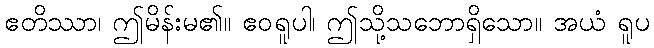
ဧတိဿာ၊ ဤမိန်းမ၏။ ဧဝရူပါ၊ ဤသို့သဘောရှိသော။ အယံ ရူပ